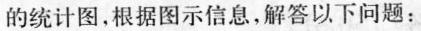
的统计图，根据图示信息，解答以下问题：